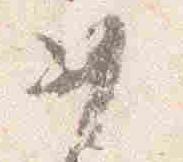
如